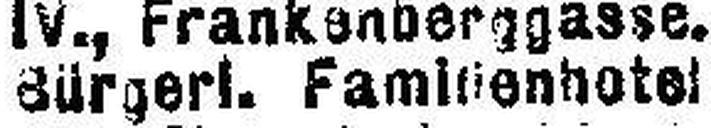
Bürgerl. Familienhotel